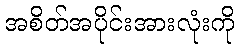
အစိတ်အပိုင်းအားလုံးကို